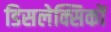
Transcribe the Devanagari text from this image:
डिसलेक्सिकों